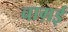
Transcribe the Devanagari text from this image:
चाग़ई